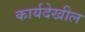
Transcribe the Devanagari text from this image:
कार्यदेखील